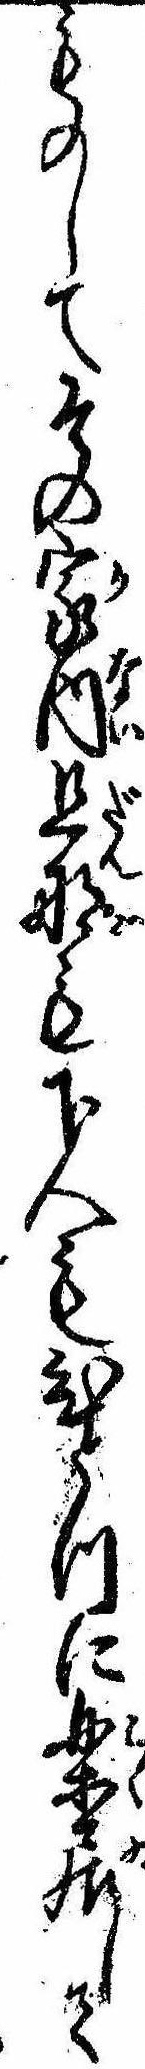
ものしてその家内旦那も下人もひとつに楽居して